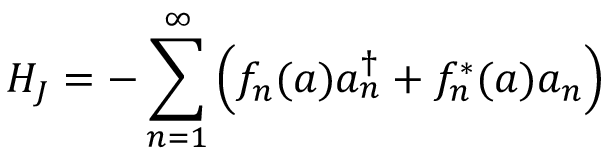
{ \cal H } _ { J } = - \sum _ { n = 1 } ^ { \infty } \left( f _ { n } ( a ) a _ { n } ^ { \dagger } + f _ { n } ^ { * } ( a ) a _ { n } \right)